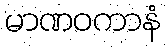
မာဏဝကာနံ